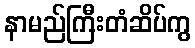
နာမည်ကြီးတံဆိပ်ကွ